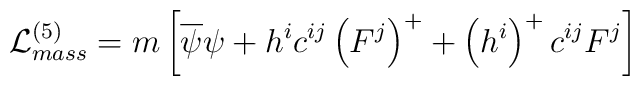
{\cal L}_{mass}^{(5)}=m\left[ \overline{\psi }\psi +h^{i}c^{ij}\left(F^{j}\right) ^{+}+\left( h^{i}\right) ^{+}c^{ij}F^{j}\right]